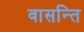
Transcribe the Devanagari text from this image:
वासन्ति